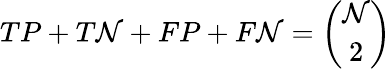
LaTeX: TP+T\mathcal{N}+FP+F\mathcal{N}={\binom{\mathcal{N}}{2}}